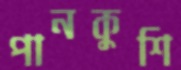
পানকুশি